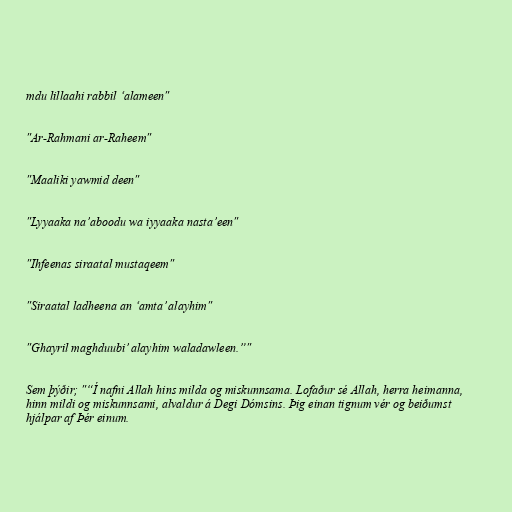
mdu lillaahi rabbil ‘alameen"

"Ar-Rahmani ar-Raheem"

"Maaliki yawmid deen"

"Lyyaaka na’aboodu wa iyyaaka nasta’een"

"Ihfeenas siraatal mustaqeem"

"Siraatal ladheena an ‘amta’ alayhim"

"Ghayril maghduubi’ alayhim waladawleen.”"

Sem þýðir; "“Í nafni Allah hins milda og miskunnsama. Lofaður sé Allah, herra heimanna,
hinn mildi og miskunnsami, alvaldur á Degi Dómsins. Þig einan tignum vér og beiðumst
hjálpar af Þér einum.